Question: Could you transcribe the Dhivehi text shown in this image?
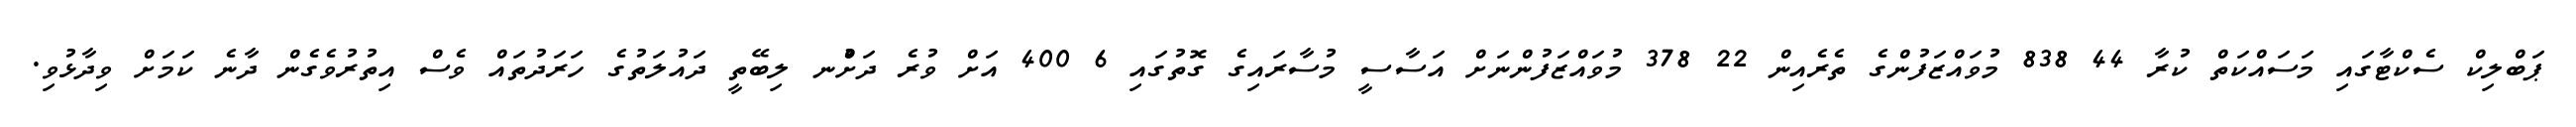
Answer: ޕަބްލިކް ސެކްޓާގައި މަސައްކަތް ކުރާ 44 838 މުވައްޒަފުންގެ ތެރެއިން 22 378 މުވައްޒަފުންނަށް އަސާސީ މުސާރައިގެ ގޮތުގައި 6 400 އަށް ވުރެ ދަށުްނ ލިބޭތީ ދައުލަތުގެ ހަރަދުތައް ވެސް އިތުރުވެގެން ދާނެ ކަމަށް ވިދާޅުވި.